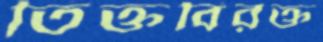
তিক্তবিরক্ত